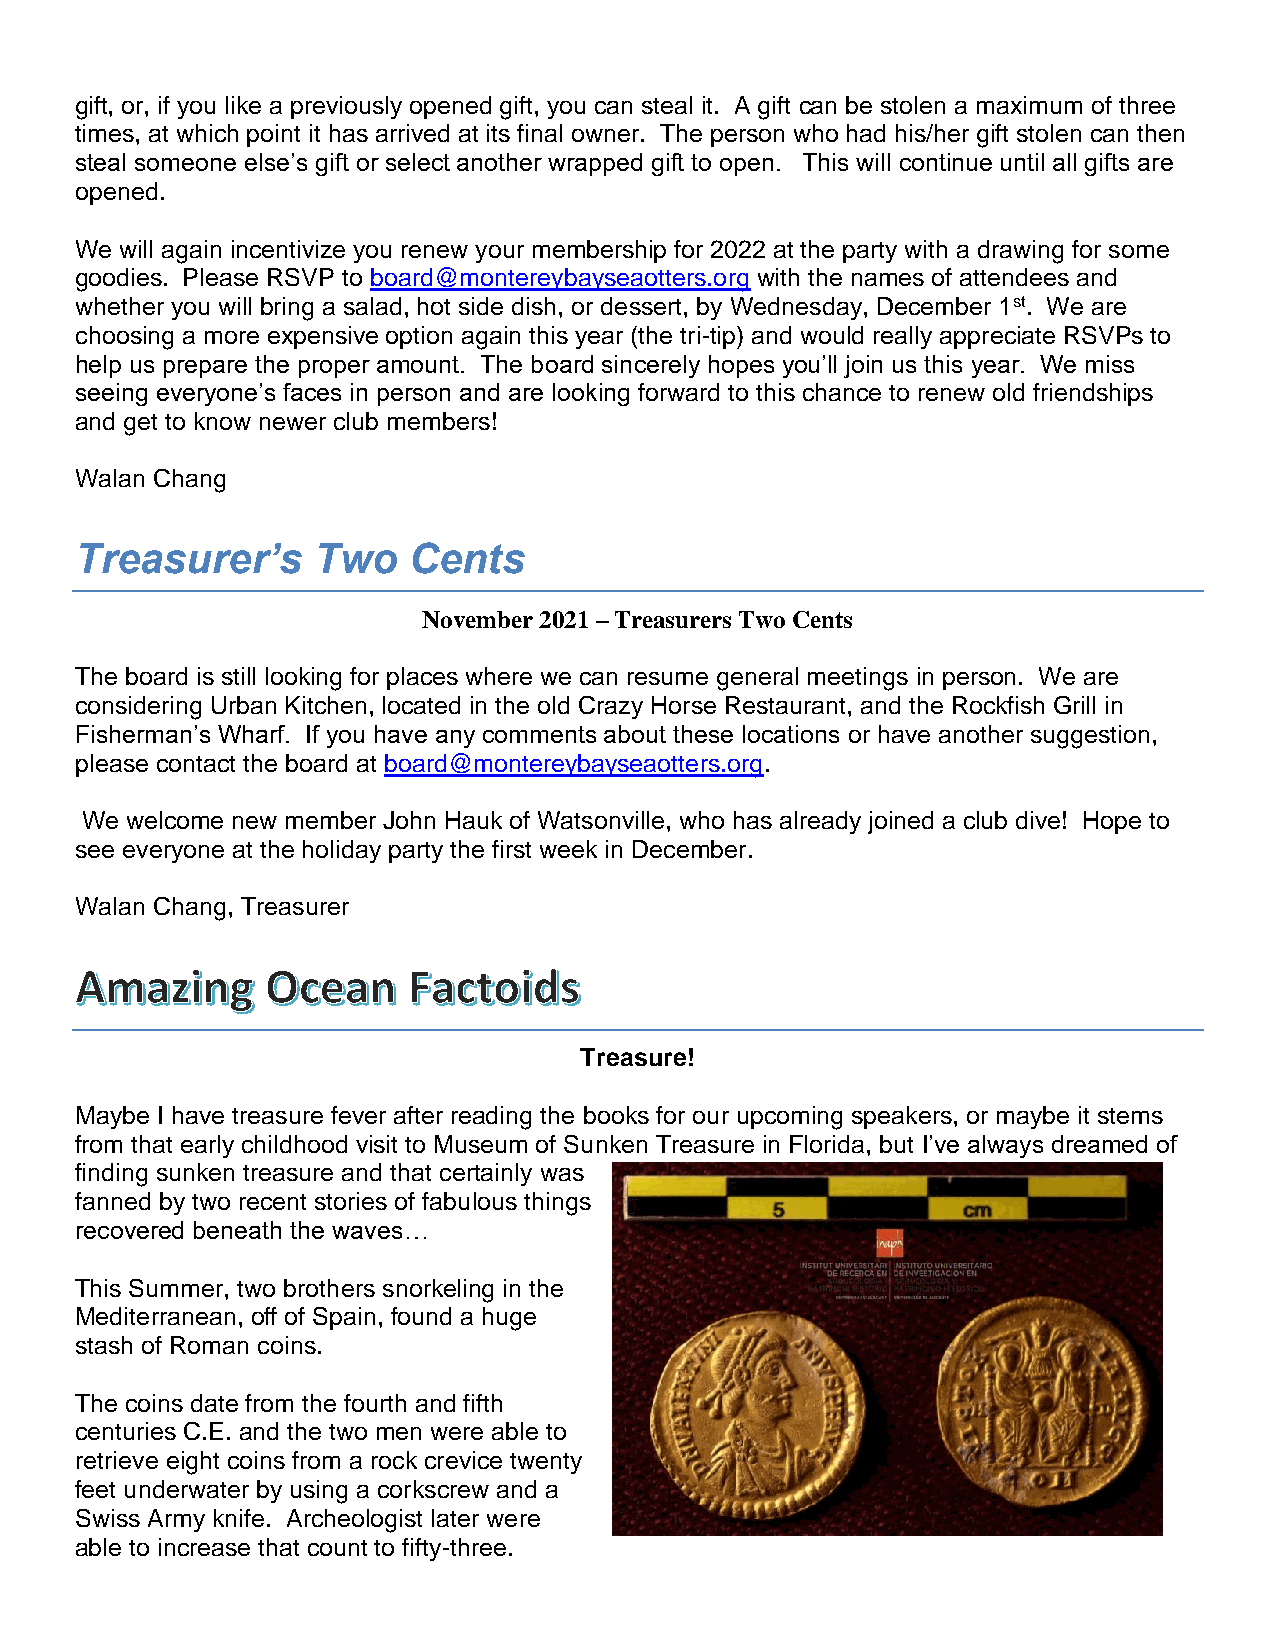
gift, or, if you like a previously opened gift, you can steal it. A gift can be stolen a maximum of three
 times, at which point it has arrived at its final owner. The person who had his/her gift stolen can then
 steal someone else’s gift or select another wrapped gift to open. This will continue until all gifts are
 opened.
 We will again incentivize you renew your membership for 2022 at the party with a drawing for some
 goodies. Please RSVP to board@montereybayseaotters.org with the names of attendees and
 whether you will bring a salad, hot side dish, or dessert, by Wednesday, December 1st. We are
 choosing a more expensive option again this year (the tri-tip) and would really appreciate RSVPs to
 help us prepare the proper amount. The board sincerely hopes you’ll join us this year. We miss
 seeing everyone’s faces in person and are looking forward to this chance to renew old friendships
 and get to know newer club members!
 Walan Chang
 Treasurer’s     Two   Cents
 November 2021 – Treasurers Two Cents
 The board is still looking for places where we can resume general meetings in person. We are
 considering Urban Kitchen, located in the old Crazy Horse Restaurant, and the Rockfish Grill in
 Fisherman’s Wharf. If you have any comments about these locations or have another suggestion,
 please contact the board at board@montereybayseaotters.org.
 We welcome new member John Hauk of Watsonville, who has already joined a club dive! Hope to
 see everyone at the holiday party the first week in December.
 Walan Chang, Treasurer
 a    Body
 Treasure!
 Maybe I have treasure fever after reading the books for our upcoming speakers, or maybe it stems
 from that early childhood visit to Museum of Sunken Treasure in Florida, but I’ve always dreamed of
 finding sunken treasure and that certainly was
 fanned by two recent stories of fabulous things
 recovered beneath the waves…
 This Summer, two brothers snorkeling in the
 Mediterranean, off of Spain, found a huge
 stash of Roman coins.
 The coins date from the fourth and fifth
 centuries C.E. and the two men were able to
 retrieve eight coins from a rock crevice twenty
 feet underwater by using a corkscrew and a
 Swiss Army knife. Archeologist later were
 able to increase that count to fifty-three.